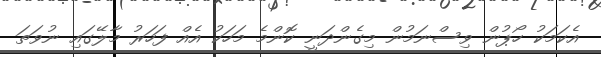
އެކަމަކު ހޯޕުން ވިސްނަމުން މިގެންދަނީ ކޮންމެ މަހަކު އެއް ފަހަރު މާލޭގައި ނުވަަތަ